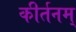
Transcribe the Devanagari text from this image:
कीर्तनम्